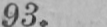
93.